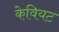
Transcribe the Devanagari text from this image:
केवियट